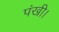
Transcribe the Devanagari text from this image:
पंखी।